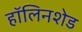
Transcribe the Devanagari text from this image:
हॉलिनशेड